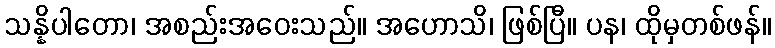
သန္နိပါတော၊ အစည်းအဝေးသည်။ အဟောသိ၊ ဖြစ်ပြီ။ ပန၊ ထိုမှတစ်ဖန်။